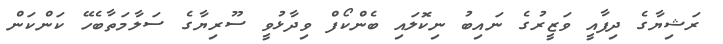
ރަޝިޔާގެ ދިފާއީ ވަޒީރުގެ ނައިބު ނިކޮލައި ބެންކޯފް ވިދާޅުވީ ސޫރިޔާގެ ސަލާމަތާބެހޭ ކަންކަން